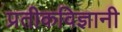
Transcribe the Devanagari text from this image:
प्रतीकविज्ञानी